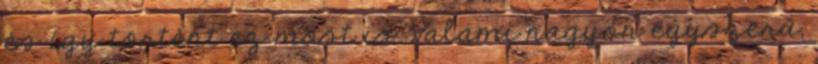
és így történt ez most is. Valami nagyon egyszerű,